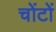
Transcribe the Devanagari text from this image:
चोंटों